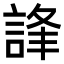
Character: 𧧽